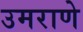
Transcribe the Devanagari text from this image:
उमराणे